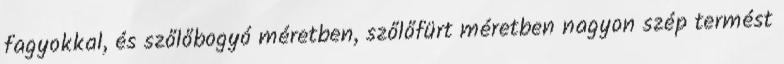
fagyokkal, és szőlőbogyó méretben, szőlőfürt méretben nagyon szép termést